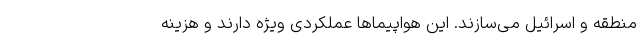
منطقه و اسرائیل می‌سازند. این هواپیماها عملکردی ویژه دارند و هزینه